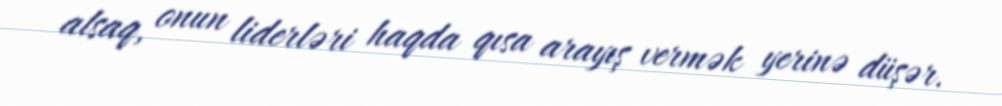
alsaq, onun liderləri haqda qısa arayış vermək yerinə düşər.